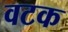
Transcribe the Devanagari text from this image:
वटक